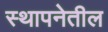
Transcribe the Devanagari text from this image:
स्थापनेतील